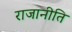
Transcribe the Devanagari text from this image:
राजानीति